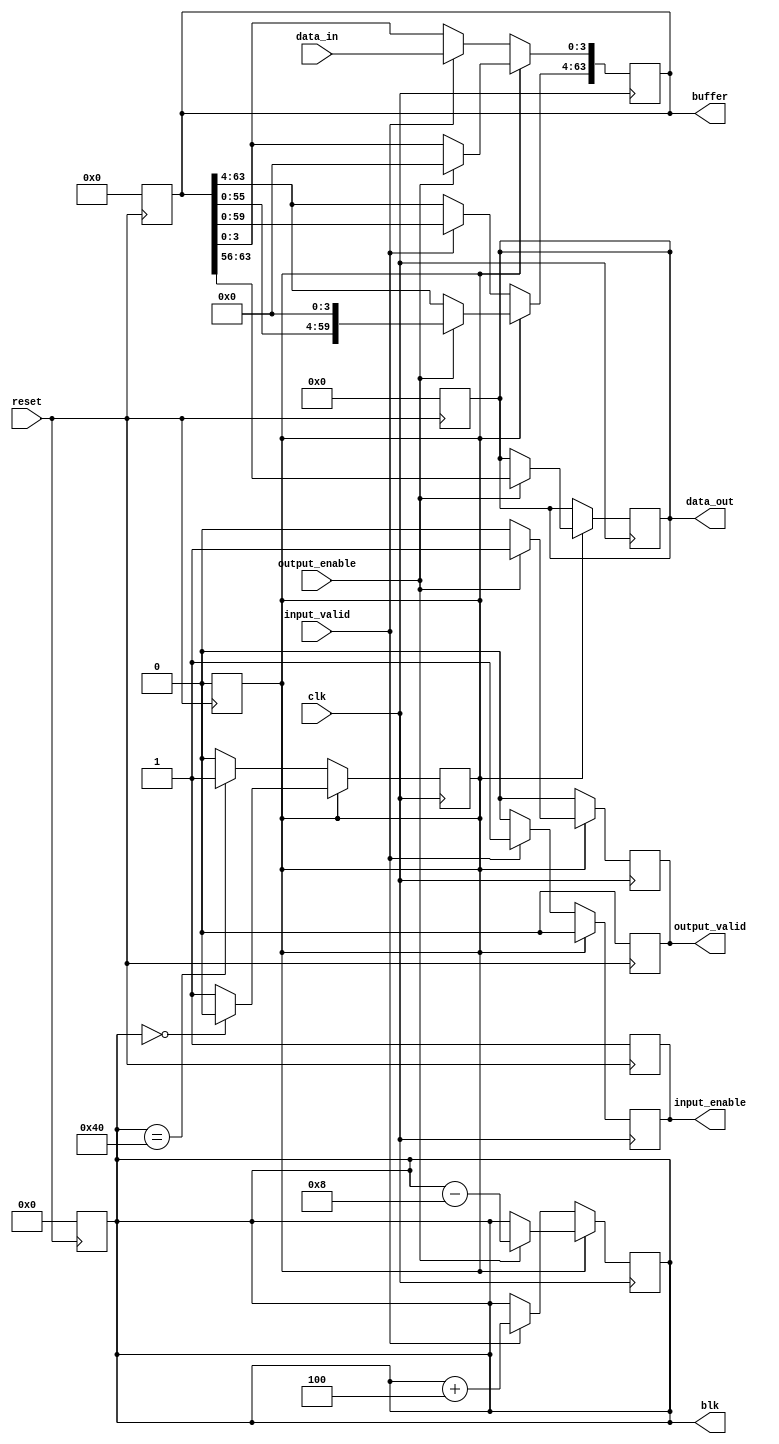
//% @file fifo.v
//% @brief FIFOFIFO48cpu
//%        84cpu
//% 
//% @author  <yangchengyuan17@mails.ucas.ac.cn>,
//% @version 0.1.0
//% @date 2019-01-18

`timescale 1ns / 1ps

//% 48fifo
module fifo_4_to_8(
    //% fifo
    //% 
    input clk,
    //% fifoFlag
    //% 
    input reset,
    //% 
    input [3:0] data_in,
    //% 
    //% 
    input input_valid,
    //% 
    //% 
    input output_enable,
    //% 
    //% 
    output reg [7:0] data_out,
    //% fifo
    //% 
    output reg input_enable,
    //% fifo
    //% 
    output reg output_valid,
    //% buffer
    output reg [63:0] buffer,
    //% 
    //% 
    output reg [6:0] blk
);
    //% fifo/
    //% 
    reg flag;

    //% 
    //% 
    parameter in = 0, out = 1, buff_size = 64, out_size = 8, in_size = 4;

    //% resetfifo
    always @(posedge reset) begin
        blk = 0;
        buffer = 0;
        flag = in;
        data_out = 0;
        input_enable = 1;
        output_valid = 0;
    end

    //% /
    always @(posedge clk) begin
            if (flag == in) begin
            if (blk == buff_size) begin
                flag = out;
            end
        end else begin
            if (blk == 0) begin
                flag = in;
            end
        end
    end

    //% 
    always @(posedge clk) begin
        #0.1 if (flag == in) begin
            if (input_valid) begin
                input_enable = 1; output_valid = 0;
                buffer[buff_size-1:in_size] <= buffer;
                buffer[in_size-1:0] <= data_in;
                blk <= blk+in_size;
            end else begin
                input_enable = 0; output_valid = 0;
            end
        end else begin
            if (output_enable) begin
                input_enable = 0; output_valid = 1;
                buffer <= buffer << out_size;
                data_out <= buffer[buff_size-1:buff_size-out_size];
                blk <= blk-out_size;
            end else begin
                input_enable = 0; output_valid = 0;
            end
        end
    end
endmodule

//% 84fifo
module fifo_8_to_4(
    //% fifo
    //% 
    input clk,
    //% fifoFlag
    //% 
    input reset,
    //% 
    input [7:0] data_in,
    //% 
    //% 
    input input_valid,
    //% 
    //% 
    input output_enable,
    //% 
    //% 
    output reg [3:0] data_out,
    //% fifo
    //% 
    output reg input_enable,
    //% fifo
    //% 
    output reg output_valid,
    //% buffer
    output reg [63:0] buffer,
    //% 
    //% 
    output reg [6:0] blk
);
    //% fifo/
    //% 
    reg flag;

    //% 
    //% 
    parameter in = 0, out = 1, buff_size = 64, out_size = 4, in_size = 8;

    //% resetfifo
    always @(posedge reset) begin
        blk = 0;
        buffer = 0;
        flag = in;
        data_out = 0;
        input_enable = 1;
        output_valid = 0;
    end
    
    //% /
    always @(posedge clk) begin	
        if (flag == in) begin
            if (blk == buff_size) begin
                flag = out;
            end
        end else begin
            if (blk == 0) begin
                flag = in;
            end
        end
    end
    
    //% 
    always @ (posedge clk) begin
        #0.1 if (flag == in) begin
            if (input_valid) begin
                input_enable = 1; output_valid = 0;
                buffer[buff_size-1:in_size] <= buffer;
                buffer[in_size-1:0] <= data_in;
                blk <= blk+in_size;
            end else begin
                input_enable = 0; output_valid = 0;
            end
        end else begin
            if (output_enable) begin
                input_enable = 0; output_valid = 1;
                buffer <= buffer << out_size;
                data_out <= buffer[buff_size-1:buff_size-out_size];
                blk <= blk-out_size;
            end else begin
                input_enable = 0; output_valid = 0;
            end
        end
    end
endmodule